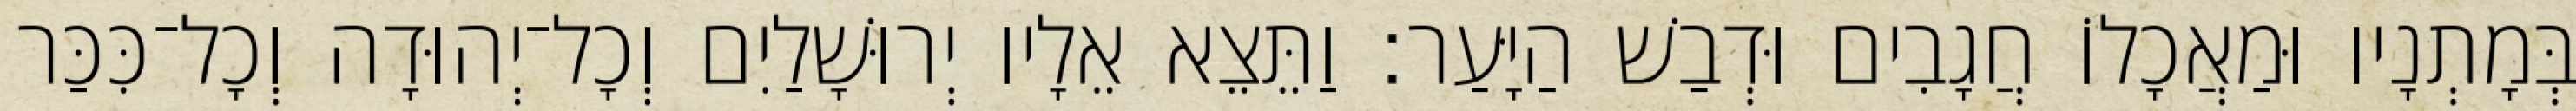
בְּמָתְנָיו וּמַאֲכָלוֹ חֲגָבִים וּדְבַשׁ הַיָּעַר׃ וַתֵּצֵא אֵלָיו יְרוּשָׁלַיִם וְכָל־יְהוּדָה וְכָל־כִּכַּר